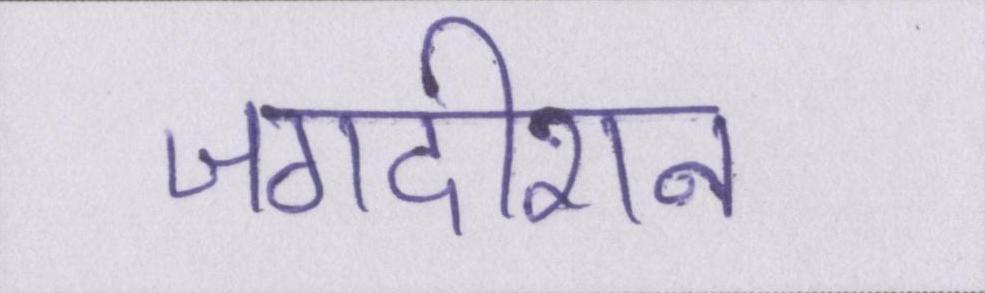
जगदीशन